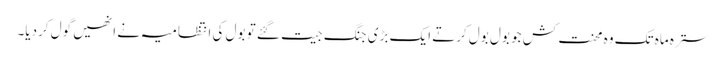
سترہ ماہ تک وہ محنت کش جو بول بول کرتے ایک بڑی جنگ جیت گئے تو بول کی انتظامیہ نے انھیں گول کردیا۔